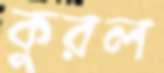
কুরল